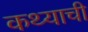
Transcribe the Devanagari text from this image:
कथ्याची